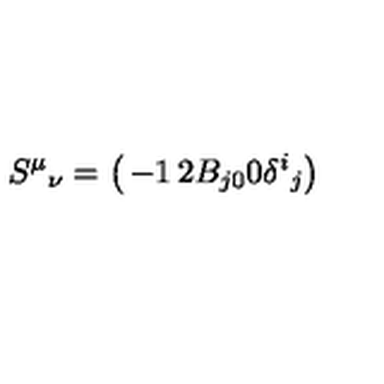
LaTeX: S ^ { \mu } { } _ { \nu } = \left( \begin{matrix} { - 1 } & { 2 B _ { j 0 } } \\ { 0 } & { \delta ^ { i } { } _ { j } } \\ \end{matrix} \right)